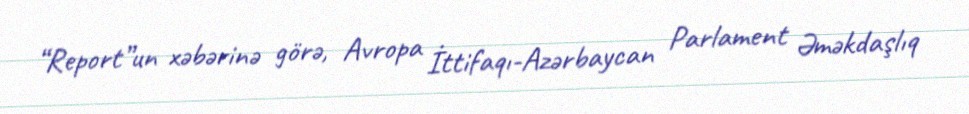
“Report”un xəbərinə görə, Avropa İttifaqı-Azərbaycan Parlament Əməkdaşlıq